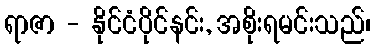
ရာဇာ - နိုင်ငံပိုင်နင်း, အစိုးရမင်းသည်၊